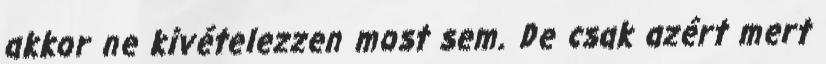
akkor ne kivételezzen most sem. De csak azért mert